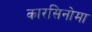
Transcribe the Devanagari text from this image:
कारसिनोमा